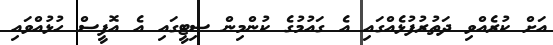
އަށް ކުރެއްވި ދަތުރުފުޅެއްގައި އެ ގައުމުގެ ކުންމިން ސިޓީގައި އެ އޮފީސް ހުޅުއްވައި